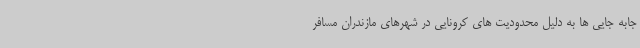
جابه جایی ها به دلیل محدودیت های کرونایی در شهرهای مازندران مسافر